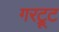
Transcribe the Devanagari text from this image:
गरट्रूट